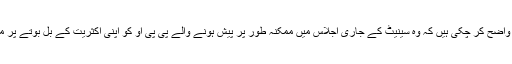
اپوزیشن جماعتیں واضح کر چکی ہیں کہ وہ سینیٹ کے جاری اجلاس میں ممکنہ طور پر پیش ہونے والے پی پی او کو اپنی اکثریت کے بل بوتے پر مسترد کر دیں گی۔